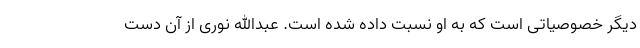
دیگر خصوصیاتی است که به او نسبت داده شده است. عبدالله نوری از آن دست